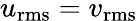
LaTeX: u_{\mathrm{rms}}=v_{\mathrm{rms}}